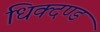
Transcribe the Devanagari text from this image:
धिक्दण्ड